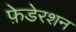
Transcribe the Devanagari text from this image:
फ़ेडेरशन